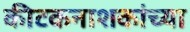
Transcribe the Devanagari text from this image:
कीटकनाशकांच्या